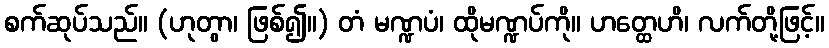
စက်ဆုပ်သည်။ (ဟုတွာ၊ ဖြစ်၍။) တံ မဏ္ဍပံ၊ ထိုမဏ္ဍပ်ကို။ ဟတ္ထေဟိ၊ လက်တို့ဖြင့်။